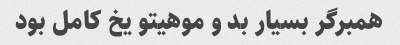
همبرگر بسیار بد و موهیتو یخ کامل بود